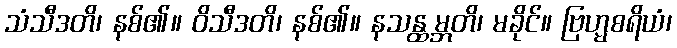
သံသီဒတိ၊ နစ်၏။ ဝိသီဒတိ၊ နစ်၏။ နသန္ထမ္ဘတိ၊ မခိုင်။ ဗြဟ္မစရိယံ၊